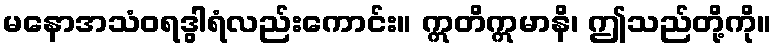
မနောအသံဝရဒွါရံလည်းကောင်း။ ဣတိဣမာနိ၊ ဤသည်တို့ကို။